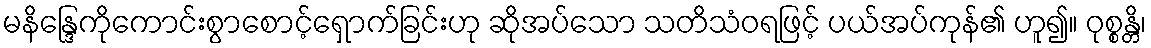
မနိန္ဒြေကိုကောင်းစွာစောင့်ရှောက်ခြင်းဟု ဆိုအပ်သော သတိသံဝရဖြင့် ပယ်အပ်ကုန်၏ ဟူ၍။ ဝုစ္စန္တိ၊